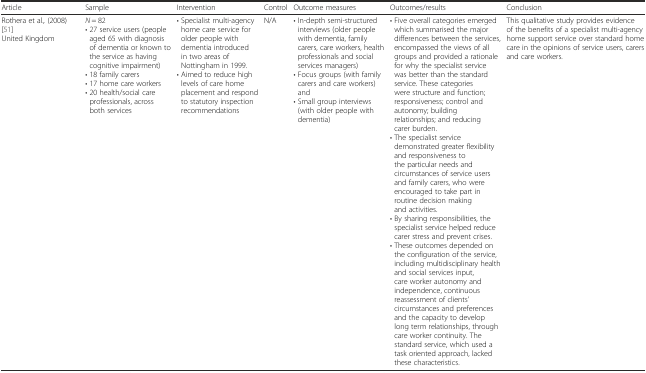
<table><thead><tr><td><b>Article</b></td><td><b>Sample</b></td><td><b>Intervention</b></td><td><b>Control</b></td><td><b>Outcome measures</b></td><td><b>Outcomes/results</b></td><td><b>Conclusion</b></td></tr></thead><tbody><tr><td>Rothera et al.<i>,</i> (2008) [51]United Kingdom</td><td><i>N</i> = 82• 27 service users (people aged 65 with diagnosis of dementia or known to the service as having cognitive impairment)• 18 family carers• 17 home care workers• 20 health/social care professionals, across both services</td><td>• Specialist multi-agency home care service for older people with dementia introduced in two areas of Nottingham in 1999.• Aimed to reduce high levels of care home placement and respond to statutory inspection recommendations</td><td>N/A</td><td>• In-depth semi-structured interviews (older people with dementia, family carers, care workers, health professionals and social services managers)• Focus groups (with family carers and care workers) and• Small group interviews (with older people with dementia)</td><td>• Five overall categories emerged which summarised the major differences between the services, encompassed the views of all groups and provided a rationale for why the specialist service was better than the standard service. These categories were structure and function; responsiveness; control and autonomy; building relationships; and reducing carer burden.• The specialist service demonstrated greater flexibility and responsiveness to the particular needs and circumstances of service users and family carers, who were encouraged to take part in routine decision making and activities.• By sharing responsibilities, the specialist service helped reduce carer stress and prevent crises.• These outcomes depended on the configuration of the service, including multidisciplinary health and social services input, care worker autonomy and independence, continuous reassessment of clients’ circumstances and preferences and the capacity to develop long term relationships, through care worker continuity. The standard service, which used a task oriented approach, lacked these characteristics.</td><td>This qualitative study provides evidence of the benefits of a specialist multi-agency home support service over standard home care in the opinions of service users, carers and care workers.</td></tr></tbody></table>